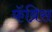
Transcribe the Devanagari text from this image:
फॅब्रिस